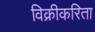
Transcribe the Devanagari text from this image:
विक्रीकरिता